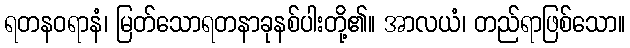
ရတနဝရာနံ၊ မြတ်သောရတနာခုနစ်ပါးတို့၏။ အာလယံ၊ တည်ရာဖြစ်သော။